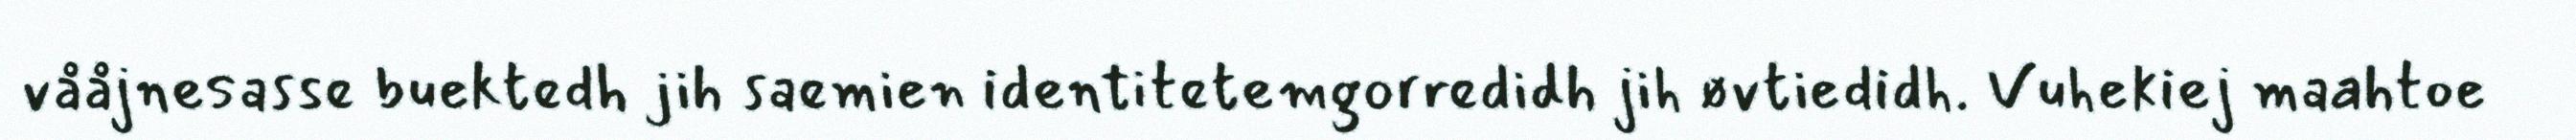
vååjnesasse buektedh jih saemien identitetemgorredidh jih øvtiedidh. Vuhekiej maahtoe